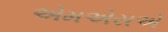
એમએસએ